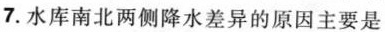
7.水库南北两侧降水差异的原因主要是